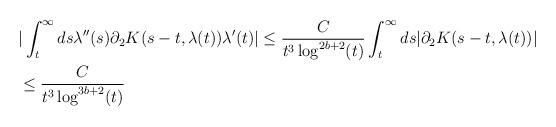
LaTeX: \begin{align*} &|\int_{t}^{\infty} ds \lambda''(s) \partial_{2}K(s-t,\lambda(t)) \lambda'(t)| \leq \frac{C}{t^{3} \log^{2b+2}(t)} \int_{t}^{\infty} ds |\partial_{2}K(s-t,\lambda(t))|\\&\leq \frac{C}{t^{3}\log^{3b+2}(t)}\end{align*}